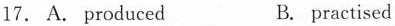
17. A. produced B. practised